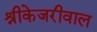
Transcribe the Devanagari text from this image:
श्रीकेजरीवाल